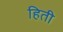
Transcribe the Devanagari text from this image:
हिती